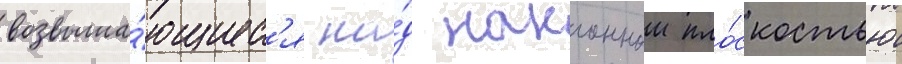
возвыша́ющиес'я на́д наклоннои пло́скостью